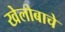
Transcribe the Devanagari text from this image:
खेलोबाचे